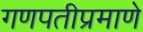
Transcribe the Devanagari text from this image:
गणपतीप्रमाणे